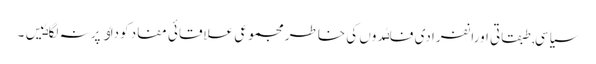
سیاسی, طبقاتی اورانفرادی فاٸدوں کی خاطر مجموعی علاقائی مفاد کوداٶ پرنہ لگاٸیں۔